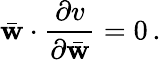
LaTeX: \bar{\mathbf w}\cdot\frac{\partial v}{\partial\bar{\mathbf w}}=0\, .